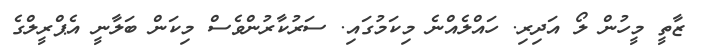
ޒާތީ މީހުން ލޯ އަދިރި. ހައްލެއްނެ މިކަމުގައި. ސަރުކާރުންވެސް މިކަން ބަލާނީ އެޕްރީލްގެ